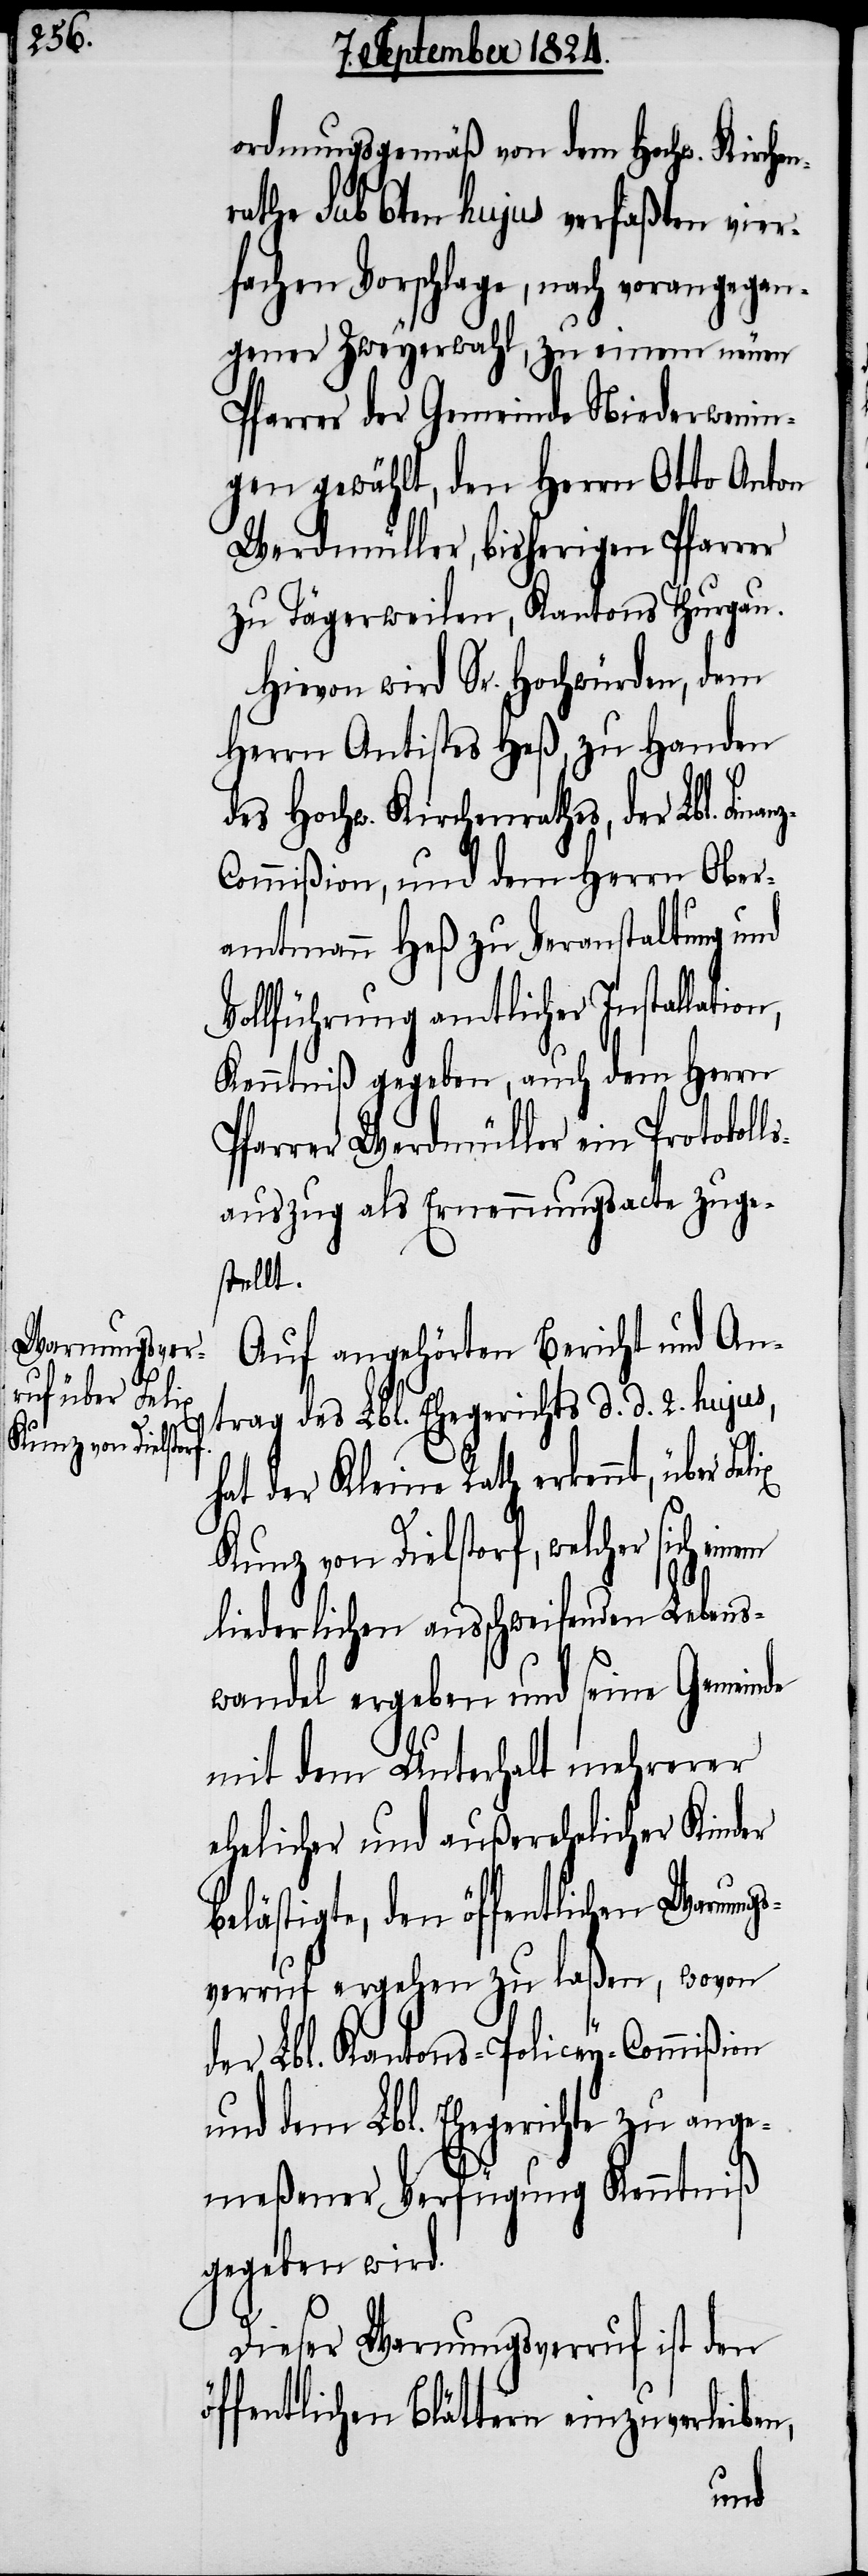
Warnungsver¬
lix

ordnungsgemäß von dem Hochw. Kirche¬
rathe sub 6ten hujus verfaßten vier¬
fachen Vorschlage, nach vorangegan¬
gener Zweyerwahl, zu einem neuen
Pfarrer der Gemeinde Niederwenin¬
gen gewählt, den Herrn Otto Anton
Werdmüller, bisherigen Pfarrer
zu Tägerweilen, Kantons Thurgau.
Hievon wird Sr. Hochwürden, dem
Herrn Antistes Heß, zu Handen
n¬
des Hochw. Kirchenrathes, der Lbl. Fina¬
ommißion, und dem Herrn Ober¬
amtmann Heß zu Veranstaltung und
Vollführung amtlicher Installation,
Kenntniß gegeben, auch dem Herrn
Pfarrer Werdmüller ein Protokoll¬
sauszug als Ernennungsacte zuge¬
stellt.
Auf angehörten Bericht und An¬
trag des Lbl. Ehegerichts d. d. 2. hujus,
hat der Kleine Rath erkennt, über Fe¬
Kunz von Dielstorf, welcher sich
liederlichen ausschweifenden Lebens¬
wandel ergeben und seine Gemeinde
mit dem Unterhalt mehrerer
ehelicher und außerehelicher Kinder
belästigte, den öffentlichen
ruf ergehen zu laßen, wovon
der Lbl. Kantons-Policey-Commißion
und dem Lbl. Ehegerichte zu ange¬
meßener Verfügung Kenntniß
gegeben wird.
Dieser Warnungsverruf ist den
öffentlichen Blättern einzuverleiben,